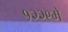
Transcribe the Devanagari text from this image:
१२२९मे